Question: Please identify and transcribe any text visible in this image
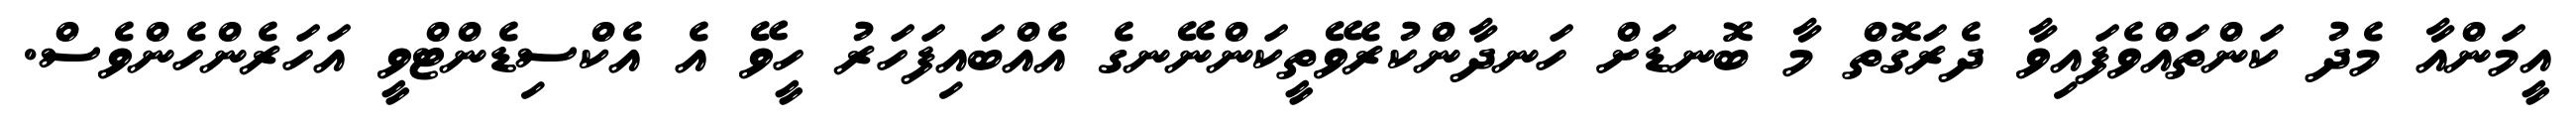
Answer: އީމަންއާ މެދު ކަންތައްވެފައިވާ ދެރަގޮތް މާ ބޮނޑަށް ހަނދާންކުރެވޭތީކަންނޭނގެ އެއްބައިފަހަރު ހީވޭ އެ އެކްސިޑެންޓްވީ އަހަރެންހެންވެސް.